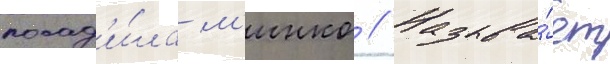
посад'и́ла м'инко // Называ́ет